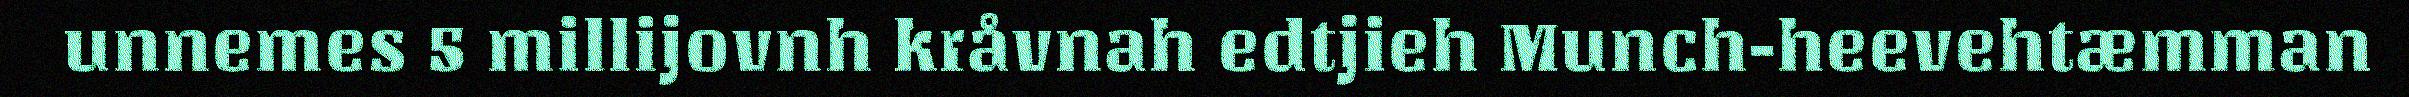
unnemes 5 millijovnh kråvnah edtjieh Munch-heevehtæmman